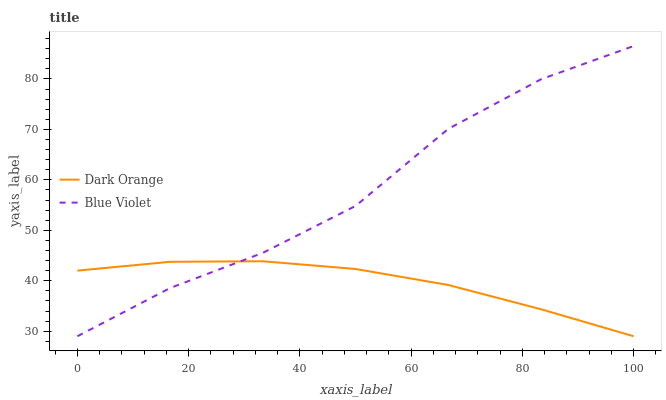
| xaxis_label | Dark Orange | Blue Violet |
 | --- | --- | --- |
 | 0 | 42 | 29 |
 | 16.7 | 43.8 | 38.6 |
 | 33.3 | 43.9 | 45.5 |
 | 50 | 42.3 | 54.8 |
 | 66.7 | 39.2 | 70.1 |
 | 83.3 | 34.4 | 79.9 |
 | 100 | 29 | 86.5 |